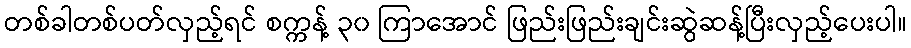
တစ်ခါတစ်ပတ်လှည့်ရင် စက္ကန့် ၃၀ ကြာအောင် ဖြည်းဖြည်းချင်းဆွဲဆန့်ပြီးလှည့်ပေးပါ။